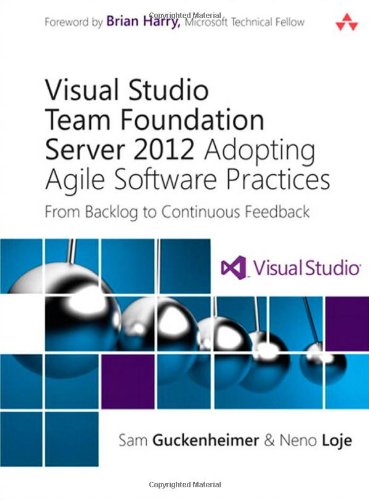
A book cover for Visual Studio Team Foundation Server 2012: Adopting Agile Software Practices: From Backlog to Continuous Feedback (3rd Edition) (Microsoft Windows Development Series); Sam Guckenheimer; Computers & Technology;